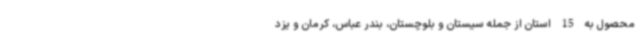
محصول به 15 استان از جمله سیستان و بلوچستان، بندر عباس، کرمان و یزد